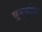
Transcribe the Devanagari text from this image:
युएवीज़